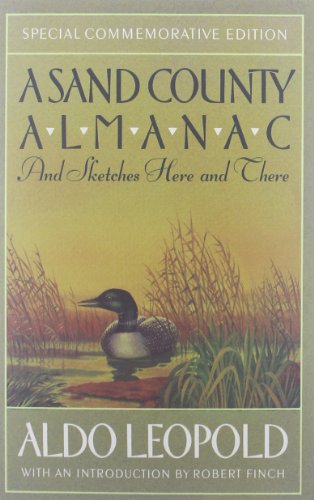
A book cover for A Sand County Almanac: And Sketches Here and There (Outdoor Essays & Reflections); Aldo Leopold; Literature & Fiction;